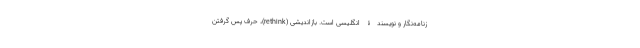
زنامه‌نگار و نویسندۀ انگلیسی است. بازاندیشی (rethink)، حرف پس گرفتن